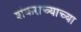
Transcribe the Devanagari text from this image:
शंकराच्याच्या